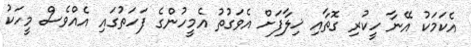
އެކަމަކު އޭނާ ހީކުރި ގޮތާއި ޚިލާފަށް އެވަގުތު އެމީހުންގެ ފަހަތުގައި އެއްވެސް މީހަކު